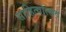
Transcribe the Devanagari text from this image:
साहित्योत्सव